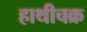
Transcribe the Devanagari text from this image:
हाथीचक्र